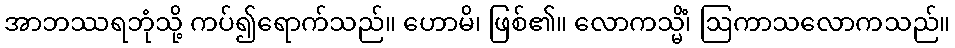
အာဘဿရဘုံသို့ ကပ်၍ရောက်သည်။ ဟောမိ၊ ဖြစ်၏။ လောကသ္မိံ၊ ဩကာသလောကသည်။